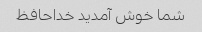
شما خوش آمدید خداحافظ